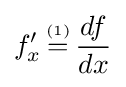
f'_{x}\,{\overset {\underset {\mathrm {(1)} }{}}{=}}\,{\frac {df}{dx}}